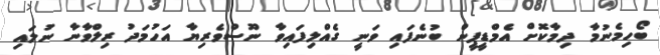
ބޯހިމެނުމާ ދިމާކޮށް އެމްޑީޕީން ބުނެފައި ވަނީ ގެއްލިފައިވާ ނޫސްވެރިޔާ އަހުމަދު ރިލްވާނާ ނުލައި